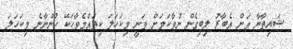
ޝައިތާނާ އަށް އެބާރު ލިބިގެން ނުވާކަމަށް ވަނީ މިކަހަލަ ކިތައްމެވާހަކޭ ހުންނާނެ މިކަހަލަ